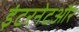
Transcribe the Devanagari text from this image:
इंटरनेटऔर